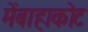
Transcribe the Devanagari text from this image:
मेंबाहाकोट